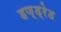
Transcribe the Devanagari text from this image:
हण्ड्रेड